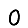
Digit: 0